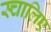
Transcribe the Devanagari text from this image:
स्चालिए